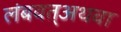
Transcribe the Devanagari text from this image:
लंबवत्अथवा